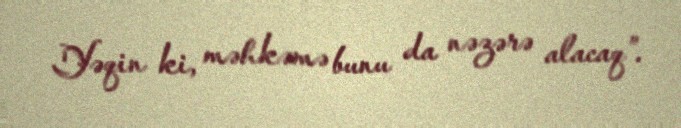
Yəqin ki, məhkəmə bunu da nəzərə alacaq”.